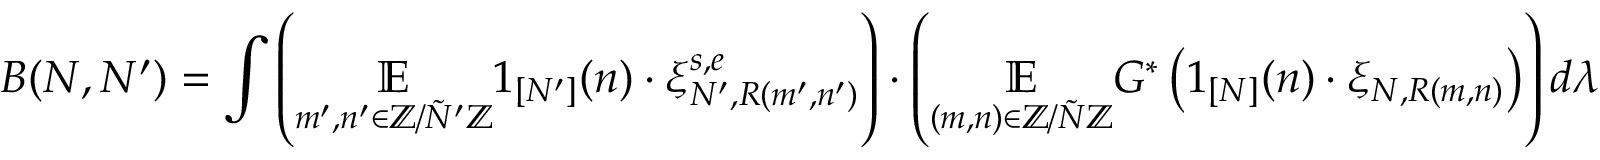
B ( N , N ^ { \prime } ) = \int \left( \underset { m ^ { \prime } , n ^ { \prime } \in \mathbb { Z } / \tilde { N } ^ { \prime } \mathbb { Z } } { \mathbb { E } } 1 _ { [ N ^ { \prime } ] } ( n ) \cdot \xi _ { N ^ { \prime } , R ( m ^ { \prime } , n ^ { \prime } ) } ^ { s , e } \right) \cdot \left( \underset { ( m , n ) \in \mathbb { Z } / \tilde { N } \mathbb { Z } } { \mathbb { E } } G ^ { * } \left( 1 _ { [ N ] } ( n ) \cdot \xi _ { N , R ( m , n ) } \right) \right) d \lambda